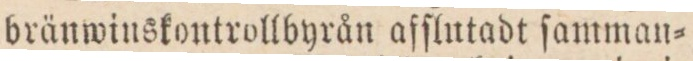
bränwinskontrollbyrån afſlutadt ſamman=